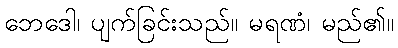
ဘေဒေါ၊ ပျက်ခြင်းသည်။ မရဏံ၊ မည်၏။